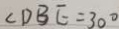
\angle D B E = 3 0 ^ { \circ }